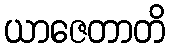
ယာဇေတာတိ